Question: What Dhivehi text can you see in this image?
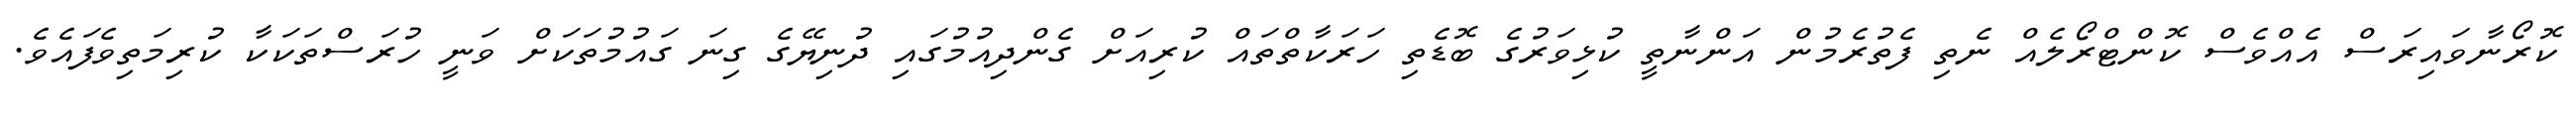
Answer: ކޮރޯނާވައިރަސް އެއްވެސް ކޮންޓްރޯލެއް ނެތި ފެތުރެމުން އަންނާތީ ކުޅިވަރުގެ ބޮޑެތި ހަރަކާތްތައް ކުރިއަށް ގެންދިއުމުގައި ދުނިޔޭގެ ގިނަ ގައުމުތަކަށް ވަނީ ހުރަސްތަކަކާ ކުރިމަތިވެފައެވެ.